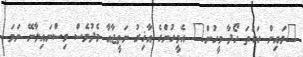
"ވައިން ހަކަތަ ހޯދާ މީހުން" އެމީހުންގެ އާޚިރު ނަތީޖާއާ މެދުވެސް ވިސްނައިލާނޭ ނަމަ